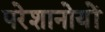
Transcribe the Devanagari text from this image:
परेशानोयों